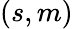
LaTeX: (s,m)